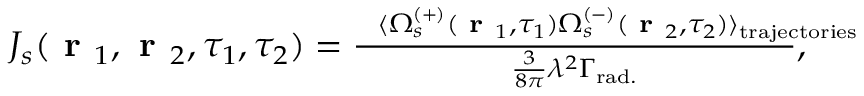
\begin{array} { r } { J _ { s } ( \textbf { r } _ { 1 } , \textbf { r } _ { 2 } , \tau _ { 1 } , \tau _ { 2 } ) = \frac { \, \, \, \, \, \langle \Omega _ { s } ^ { ( + ) } ( \textbf { r } _ { 1 } , \tau _ { 1 } ) \Omega _ { s } ^ { ( - ) } ( \textbf { r } _ { 2 } , \tau _ { 2 } ) \rangle _ { \mathrm { t r a j e c t o r i e s \! \! \! \! \! \! \! \! \! \! \! \! \! \! \! \! \! \! \! \! } } } { \frac { 3 } { 8 \pi } \lambda ^ { 2 } \Gamma _ { \mathrm { r a d . } } } , } \end{array}